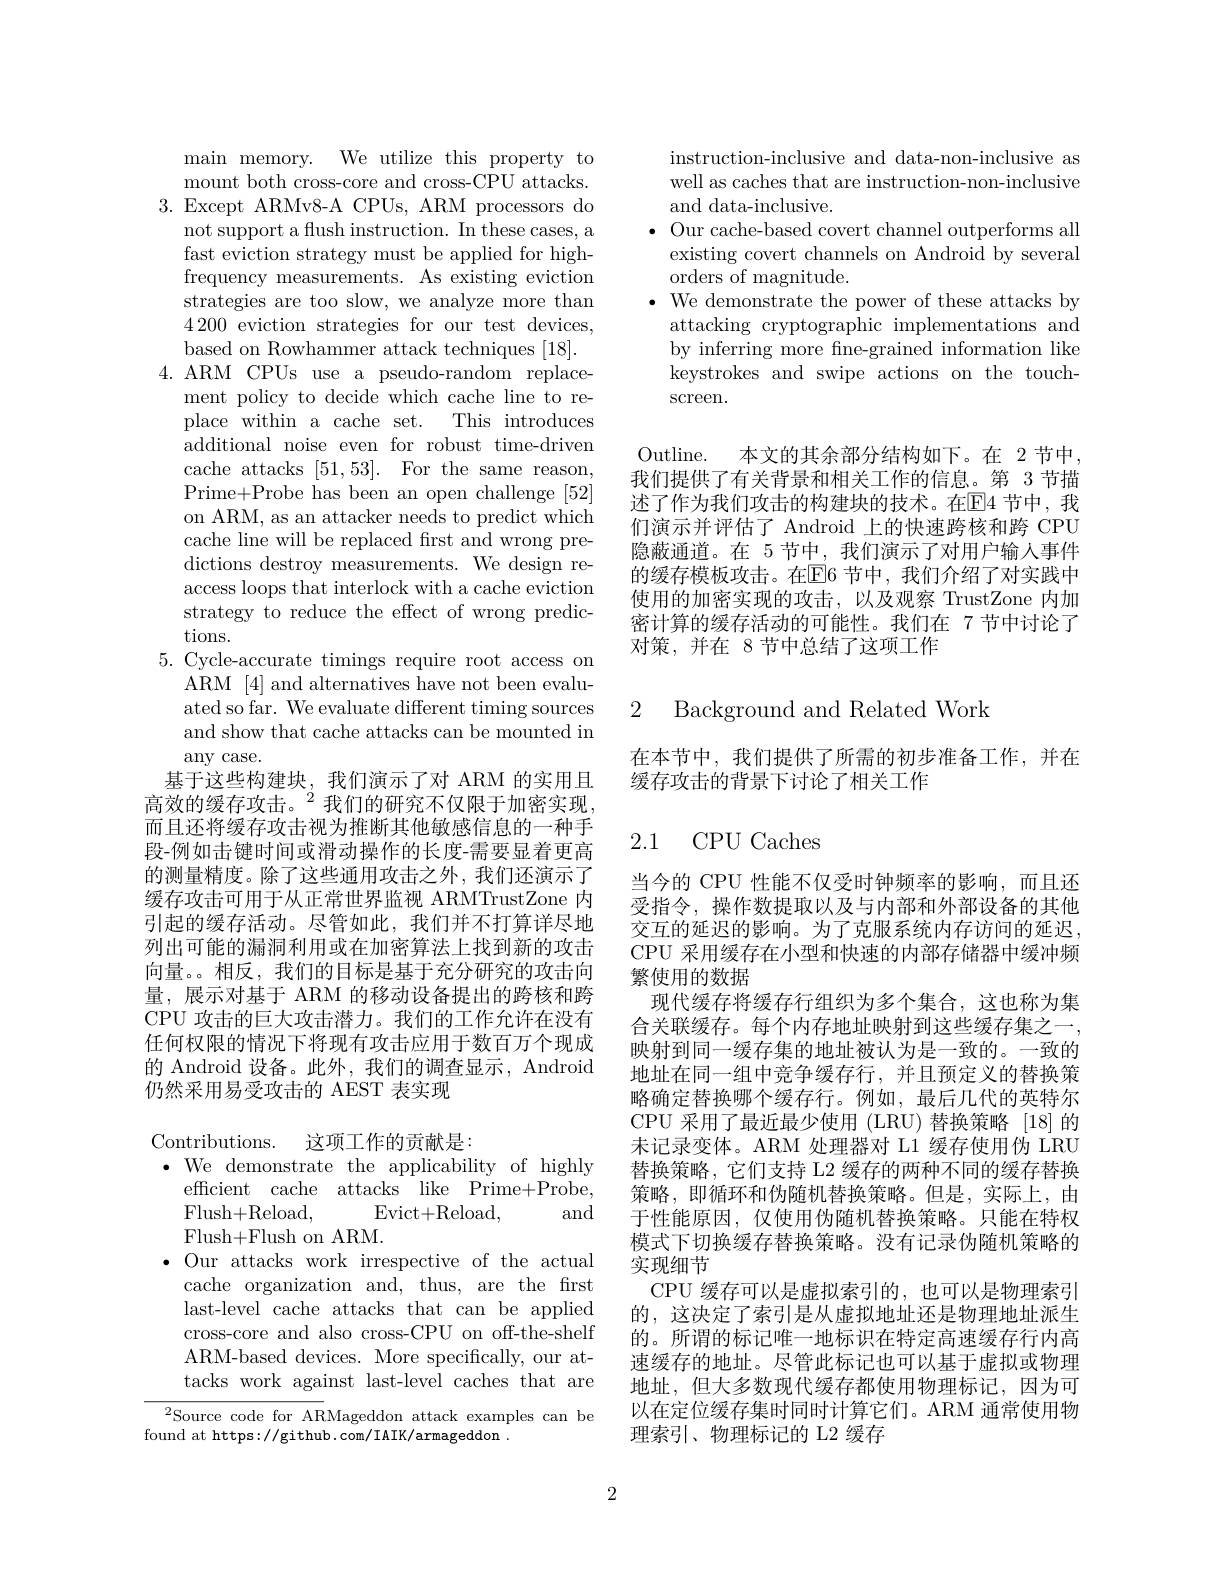
main memory. We utilize this property to mount both cross-core and cross-CPU attacks.
3.Except ARMv8-A CPUs, ARM processors do
not support a flush instruction. In these cases, a fast eviction strategy must be applied for highfrequency measurements. As existing eviction strategies are too slow, we analyze more than 4200 eviction strategies for our test devices, based on Rowhammer attack techniques [18].
4. ARM CPUs use a pseudo-random replace-
ment policy to decide which cache line to replace within a cache set. This introduces additional noise even for robust time-driven cache attacks [51,53]. For the same reason, Prime+Probe has been an open challenge [52] on ARM, as an attacker needs to predict which cache line will be replaced frst and wrong predictions destroy measurements. We design reaccess loops that interlock with a cache eviction strategy to reduce the effect of wrong predictions.
5. Cycle-accurate timings require root access on
ARM [4] and alternatives have not been evaluated so far. We evaluate different timing sources and show that cache attacks can be mounted in any case.
基于这些构建块，我们演示了对 ARM 的实用且高效的缓存攻击。$^{2}$我们的研究不仅限于加密实现而且还将缓存攻击视为推断其他敏感信息的一种手段-例如击键时间或滑动操作的长度-需要显着更高的测量精度。除了这些通用攻击之外，我们还演示了缓存攻击可用于从正常世界监视 ARMTrustZone 内引起的缓存活动。尽管如此，我们并不打算详尽地列出可能的漏洞利用或在加密算法上找到新的攻击向量。相反，我们的目标是基于充分研究的攻击向量，展示对基于 ARM 的移动设备提出的跨核和跨CPU 攻击的巨大攻击潜力。我们的工作允许在没有任何权限的情况下将现有攻击应用于数百万个现成的 Android 设备。此外，我们的调查显示，Android 仍然采用易受攻击的 AEST 表实现
Contributions. 这项工作的贡献是：

$\bullet$ We demonstrate the applicability of highly
efficient cache attacks like Prime+Probe,
Flush+ Reload,
Evict+ Reload,
and
Flush+Flush on ARM.
$\bullet$ Our attacks work irrespective of the actual cache organization and, thus, are the frst last-level cache attacks that can be applied cross-core and also cross-CPU on off-the-shelf ARM-based devices. More specifically, our attacks work against last-level caches that are

$^{2}$Source code for ARMageddon attack examples can be
found at https://github.com/IAIK/armageddon .

instruction-inclusive and data-non-inclusive as well as caches that are instruction-non-inclusive and data-inclusive.
$\bullet$ Our cache-based covert channel outperforms all
existing covert channels on Android by several
orders of magnitude.
$\cdot$ We demonstrate the power of these attacks by
attacking cryptographic implementations and by inferring more fne-grained information like keystrokes and swipe actions on the touchscreen.

Outline.
本文的其余部分结构如下。在 2节中
我们提供了有关背景和相关工作的信息。第 3 节描述了作为我们攻击的构建块的技术。在$\overline{\mathrm{E}}$4 节中，我们演示并评估了 Android 上的快速跨核和跨 CPU 隐蔽通道。在 5 节中，我们演示了对用户输人事件的缓存模板攻击。在$\mathbb{E}$6 节中，我们介绍了对实践中使用的加密实现的攻击，以及观察 TrustZone 内加密计算的缓存活动的可能性。我们在 7 节中讨论了对策，并在 8 节中总结了这项工作

2 Background and Related Work

在本节中，我们提供了所需的初步准备工作，并在
缓存攻击的背景下讨论了相关工作

## 2.1 CPU Caches

当今的 CPU 性能不仅受时钟频率的影响，而且还受指令，操作数提取以及与内部和外部设备的其他交互的延迟的影响。为了克服系统内存访问的延迟， CPU 采用缓存在小型和快速的内部存储器中缓冲频繁使用的数据
现代缓存将缓存行组织为多个集合，这也称为集合关联缓存。每个内存地址映射到这些缓存集之一， 映射到同一缓存集的地址被认为是一致的。一致的地址在同一组中竞争缓存行，并且预定义的替换策略确定替换哪个缓存行。例如，最后几代的英特尔CPU 采用了最近最少使用 (LRU) 替换策略 [18]的末记录变体。ARM 处理器对 L1 缓存使用伪 LRU 替换策略，它们支持 L2 缓存的两种不同的缓存替换策略，即循环和伪随机替换策略。但是，实际上，由于性能原因，仅使用伪随机替换策略。只能在特权模式下切换缓存替换策略。没有记录伪随机策略的实现细节
CPU 缓存可以是虚拟索引的，也可以是物理索引的，这决定了索引是从虚拟地址还是物理地址派生的。所谓的标记唯一地标识在特定高速缓存行内高速缓存的地址。尽管此标记也可以基于虚拟或物理地址，但大多数现代缓存都使用物理标记，因为可以在定位缓存集时同时计算它们。ARM 通常使用物理索引、物理标记的 L2 缓存

2